Lunatic asylums Central Provinces reports 1886-1894 - 1886-1894
Year: 1886
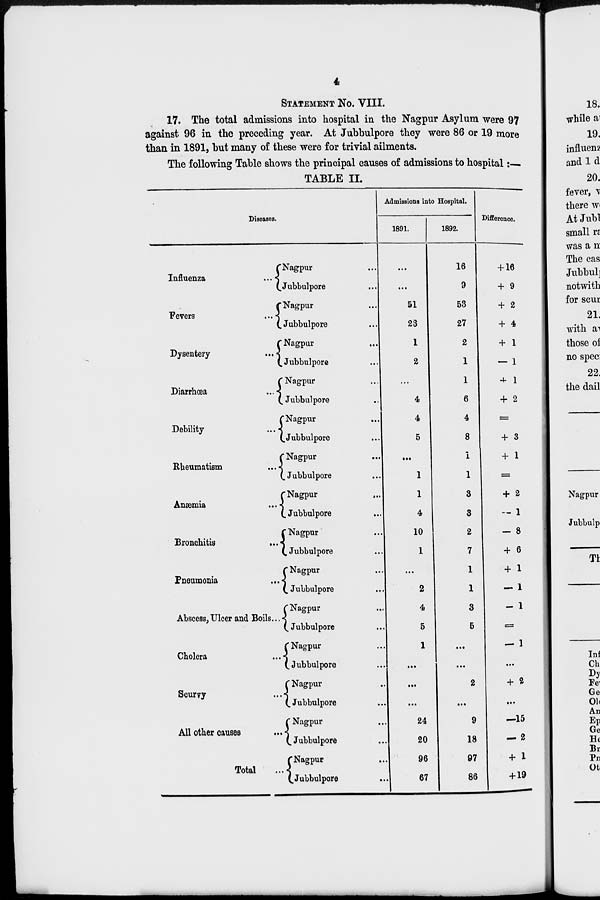
4
STATEMENT NO. VIII.
17. The total admissions into hospital in the Nagpur Asylum were 97
against 96 in the preceding year. At Jubbulpore they were 86 or 19 more
than in 1891, but many of these were for trivial ailments.
The following Table shows the principal causes of admissions to hospital:—
TABLE II.
Diseases.
Influenza
...
Fevers
...
Dysentery
...
Diarrhœa
...
Debility
...
Rheumatism
...
Anæmia ...
Bronchitis
...
Pneumonia ...
Abscess,Ulcer and Boils ...
Cholera ...
Scurvy ...
All other causes ...
Total ...
Nagpur ...
Jubbulpore ...
Nagpur ...
Jubbulpore ...
Nagpur ...
Jubbulpore ...
Nagpur ...
Jubbulpore ...
Nagpur ...
Jubbulpore ...
Nagpur ...
Jubbulpore ...
Nagpur ...
Jubbulpore ...
Nagpur ...
Jubbulpore ...
Nagpur ...
Jubbulpore ...
Nagpur ...
Jubbulpore ...
Nagpur ...
Jubbulpore ...
Nagpur ...
Jubbulpore ...
Nagpur ...
Jubbulpore ...
Nagpur ...
Jubbulpore ...
Admissions into Hospital.
1891.
...
...
51
23
1
2
...
4
4
5
...
1
1
4
10
1
...
2
4
5
1
...
...
...
24
20
96
67
1892.
16
9
53
27
2
1
1
6
4
8
1
1
3
3
2
7
1
1
3
5
...
...
2
...
9
18
97
86
Difference.
+ 16
+ 9
+ 2
+ 4
+ 1
— 1
+ 1
+ 2
=
+ 3
+ 1
=
+ 2
— 1
— 8
+ 6
+ 1
— 1
— 1
=
— 1
...
+ 2
...
—15
— 2
+ 1
+19